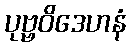
ပုဗ္ဗဝိဒေဟနံ